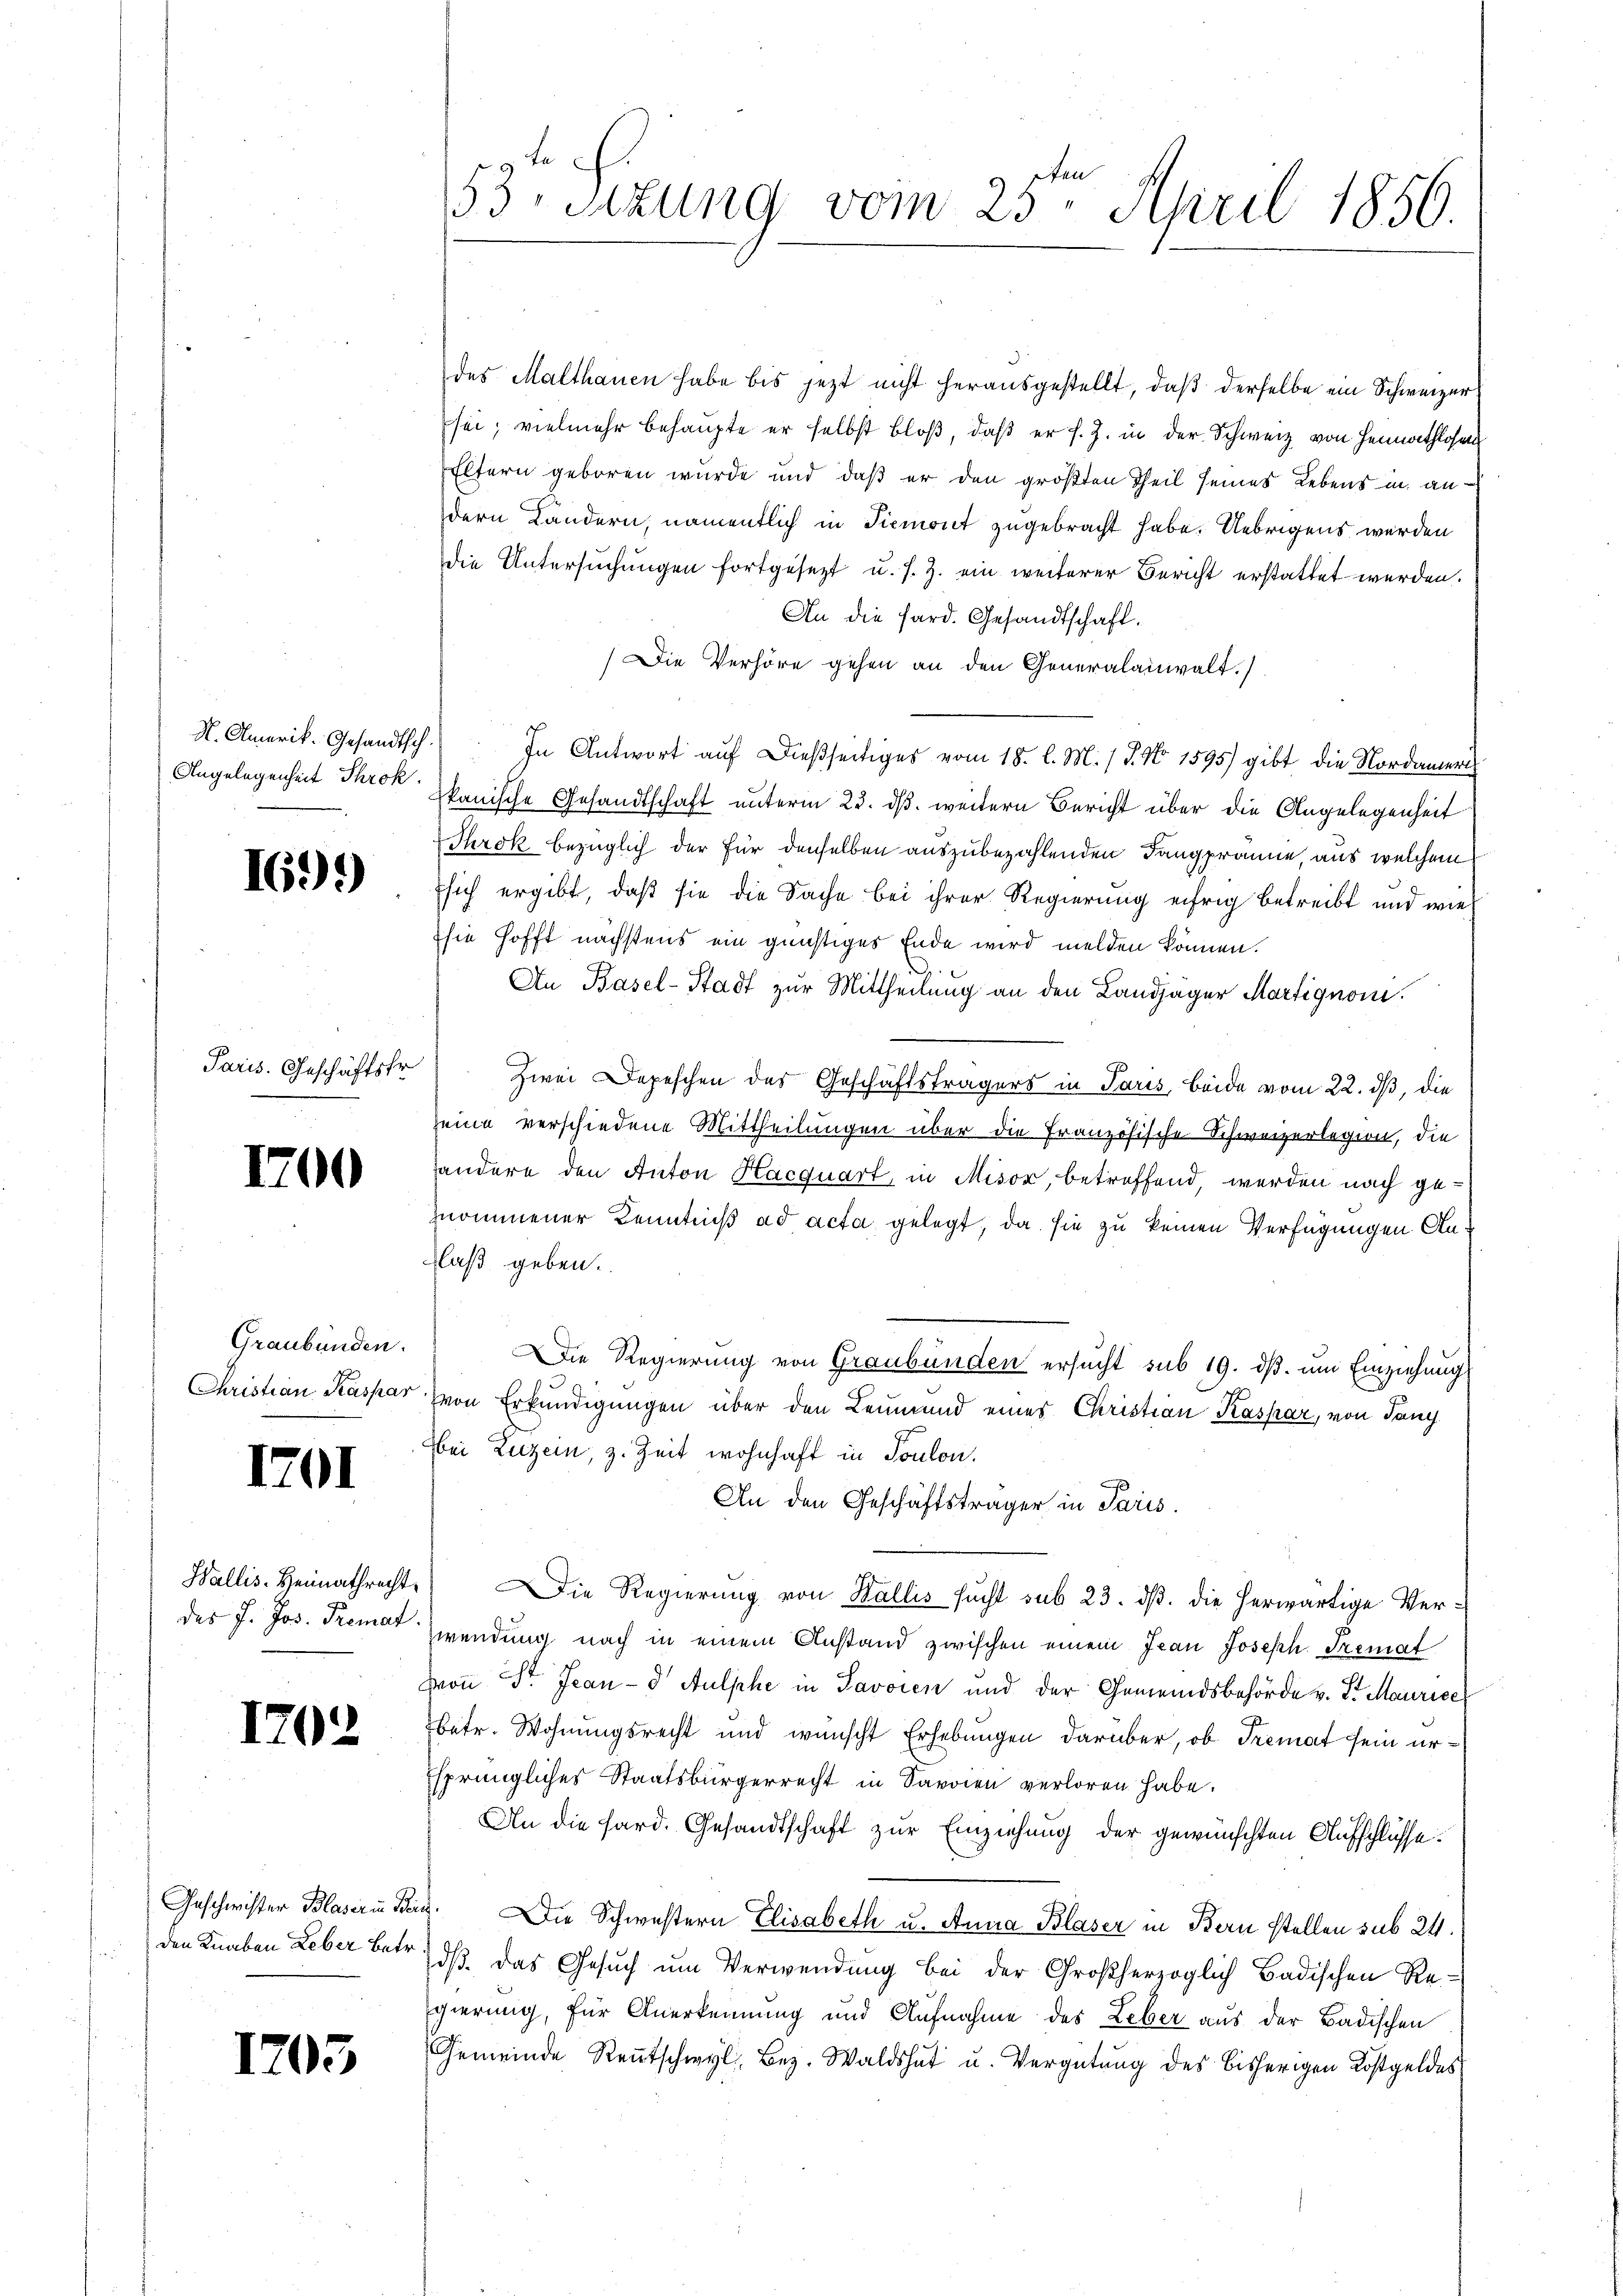
K. Omarik. Gesandtsch.
Angelegenheit Throk

1699)

Paris. Geschäftsfr.

1700

Graubünden.
Christian Kaspar

1701

Wallis. Heimathrecht.
des J. Jos. Kremat

1702

Geschwister Blaser in Bern
den Knaben Leber betr.

1705

53. Sizung vom 25te͇n April 1856.

des Malthanen habe bis jezt nicht herausgestellt, daß derselbe ein Schweizer
sei; vielmehr behaupte er selbst bloß, daß er s. Z. in der Schweiz von Heimathlosen
Eltern geboren wurde und daß er den größten Theil seines Lebens in an
dern Kändern, namentlich in Piemont zugebracht habe. Uebrigens werden
die Untersuchungen fortgesetzt u. s. Z. ein weiterer Bericht erstattet werden.
An die Sard. Gesandtschaft.
(Die Verhöre gehen an den Generalanwalt.
In Antwort auf dießseitiges vom 18. l. M. / 5. No 1595) gibt die Nordameri
kanische Gesandtschaft unterm 23. dβ. weitern Bericht über die Angelegenheit
Throk bezüglich der Für denselben auszubezahlenden Tangprämie, aus welchem
sich ergibt, daß sie die Sache bei ihrer Regierung eifrig betreibt und wie
sie hofft nächstens ein günstiges Ende wird melden können.
An Basel-Stadt zur Mittheilung an den Landjäger Martignom.
Zwei Depeschen der Geschäftsträgers in Paris, beide vom 22. ds, die
seine verschiedene Mittheilungen über die Französische Schweizerlegion, die
handere den Anton Hacquart, in Misor betreffend, werden nach genommener Kenntniß ad acta gelegt, da sie zu keinen Verfügungen Anlaß geben.
Die Regierung von Graubünden ersucht sub 19. dβ. um Einziehung
von Erkundigungen über den Leumund eines Christian Kaspar, von dan
bei Luzern, z. Zeit wohnhaft in Toulon.
e
An den Geschäftsträger in Paris.
Die Regierung von Wallis sucht sub 23. dß. die herwärtige Verwendung nach in einem Anstand zwischen einem Jean Joseph Tremat
von St. Jean - Aulphe in Javoren und der Gemeindsbehörde v. J. Maurice
betr. Wohnungsrecht und wünscht Erhebungen darüber, ob Tremat sein ursprüngliches Staatsbürgerrecht in Savoren verloren habe.
An die Sard. Gesandtschaft zur Einziehung der gewünschten Aufschlüsse.
3. Die Schwestern Elisabeth u. Anna Blaser in Bern stellen sub 24.
dß. Das Gesuch um Verwendung bei der Großherzoglich Badischen Re-
gierung, für Anerkennung und Aufnahme des Leber aus der Badischen
Gemeinde Rentschwyl, Bez. Waldshut u. Vergütung des bisherigen Kostgeldes